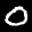
Label: 0